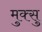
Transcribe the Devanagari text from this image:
मुक्सु